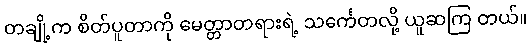
တချို့က စိတ်ပူတာကို မေတ္တာတရားရဲ့ သင်္ကေတလို့ ယူဆကြ တယ်။